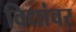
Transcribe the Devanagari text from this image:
विद्यांवर